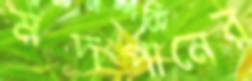
মদপানের